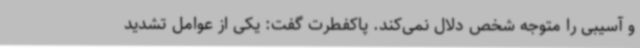
و آسیبی را متوجه شخص دلال نمی‌کند. پاکفطرت گفت: یکی از عوامل تشدید